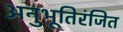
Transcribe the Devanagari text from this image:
अनुभूतिरंजित